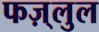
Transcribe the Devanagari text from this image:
फज़्लुल